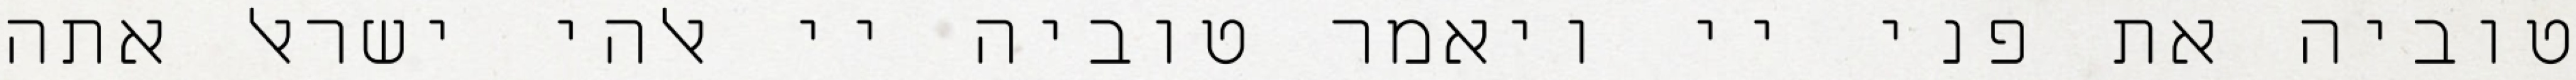
טוביה את פני יי ויאמר טוביה יי אלהי ישראל אתה